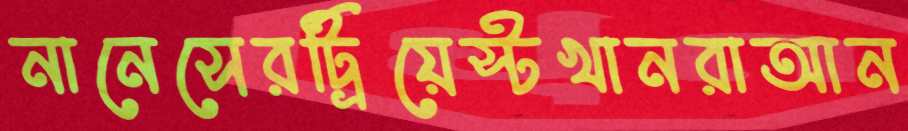
নানেসেরট্রিয়েস্টখানরাআন